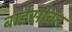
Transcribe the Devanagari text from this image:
बाईसोबत